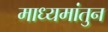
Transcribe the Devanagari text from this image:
माध्यमांतुन